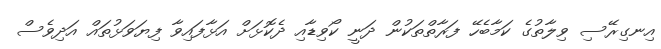
އިނގިރޭސި ވިލާތުގެ ކަމާބެހޭ ފަރާތްތަކުން ދަނީ ކޯވިޑާއި ދެކޮޅަށް އަޅާފައިވާ ފިޔަވަޅުތައް އަދިވެސް